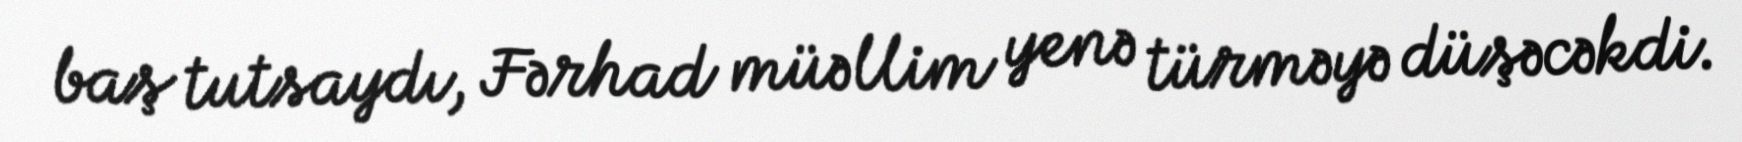
baş tutsaydı, Fərhad müəllim yenə türməyə düşəcəkdi.